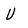
Character: v